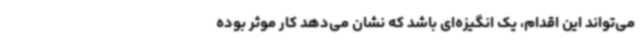
می‌تواند این اقدام، یک انگیزه‌ای باشد که نشان می‌دهد کار موثر بوده